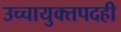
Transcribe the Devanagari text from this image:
उच्चायुक्तपदही